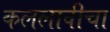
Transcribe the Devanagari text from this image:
कललावीचा